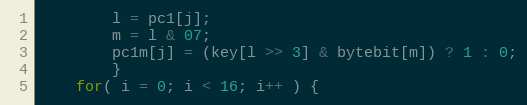
Language: C
		l = pc1[j];
		m = l & 07;
		pc1m[j] = (key[l >> 3] & bytebit[m]) ? 1 : 0;
		}
	for( i = 0; i < 16; i++ ) {